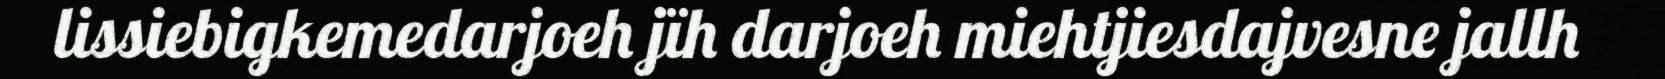
lissiebigkemedarjoeh jïh darjoeh miehtjiesdajvesne jallh